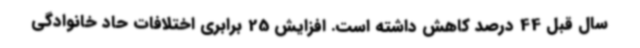
سال قبل 44 درصد کاهش داشته است. افزایش 25 برابری اختلافات حاد خانوادگی